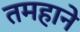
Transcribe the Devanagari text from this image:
तमहाने